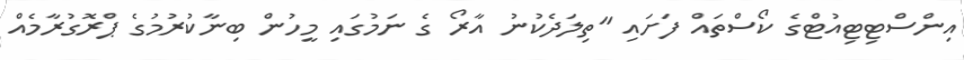
އިންސްޓިޓިއުޓްގެ ކޯސްތައް ފަށައި "ތިލަދެކުނު އާރޯ ގެ ނަމުގައި މީހުން ބިނާކުރުމުގެ ޕްރޮގުރާމެއް